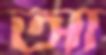
আ